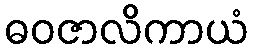
ဓဝဇာလိကာယံ